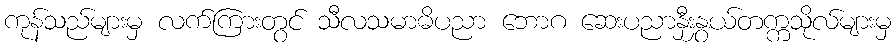
ကုန်သည်များမှ လက်ကြားတွင် သီလသမာဓိပညာ ဘောဂ ဆေးပညာနှီးနွှယ်တက္ကသိုလ်များမှ